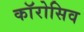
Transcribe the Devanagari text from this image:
काॅरोसिव